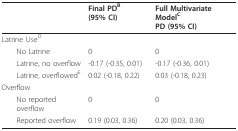
<table><thead><tr><td></td><td><b>Final PD<sup>B </sup>(95% CI)</b></td><td><b>Full Multivariate Model<sup>C</sup>PD (95% CI)</b></td></tr></thead><tbody><tr><td>Latrine Use<sup>D</sup></td><td></td><td></td></tr><tr><td> No Latrine</td><td>0</td><td>0</td></tr><tr><td> Latrine, no overflow</td><td>-0.17 (-0.35, 0.01)</td><td>-0.17 (-0.36, 0.01)</td></tr><tr><td> Latrine, overflowed<sup>E</sup></td><td>0.02 (-0.18, 0.22)</td><td>0.03 (-0.18, 0.23)</td></tr><tr><td>Overflow</td><td></td><td></td></tr><tr><td> No reported overflow</td><td>0</td><td>0</td></tr><tr><td> Reported overflow</td><td>0.19 (0.03, 0.36)</td><td>0.20 (0.03, 0.36)</td></tr></tbody></table>